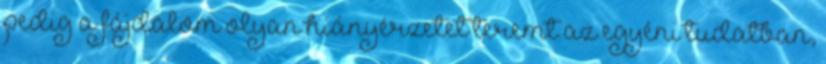
pedig a fájdalom olyan hiányérzetet teremt az egyéni tudatban,